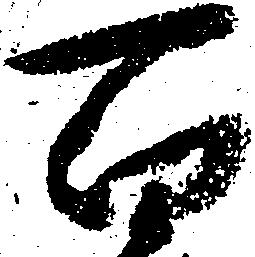
百